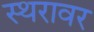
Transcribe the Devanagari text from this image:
स्थरावर